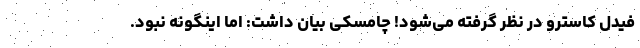
فیدل کاسترو در نظر گرفته می‌شود! چامسکی بیان داشت: اما اینگونه نبود.